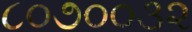
૮૦૭૦૦૩૨